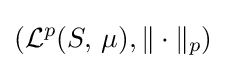
\left({\mathcal {L}}^{p}(S,\,\mu ),\|\cdot \|_{p}\right)